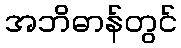
အဘိဓာန်တွင်